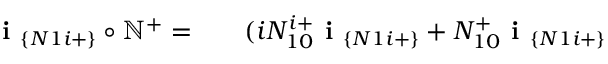
\begin{array} { r l r } { \textbf { i } _ { \{ N 1 i + \} } \circ \mathbb { N } ^ { + } = } & { { } } & { ( i N _ { 1 0 } ^ { i + } \textbf { i } _ { \{ N 1 i + \} } + N _ { 1 0 } ^ { + } \textbf { i } _ { \{ N 1 i + \} } } \end{array}